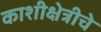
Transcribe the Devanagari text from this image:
काशीक्षेत्रीचे